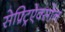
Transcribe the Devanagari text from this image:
सेफ़्ट्रिऐक्सोन